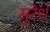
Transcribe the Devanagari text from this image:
सुरेशं